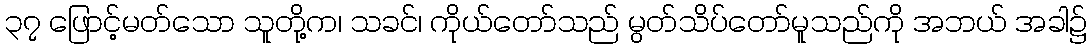
၃၇ ဖြောင့်မတ်သော သူတို့က၊ သခင်၊ ကိုယ်တော်သည် မွတ်သိပ်တော်မူသည်ကို အဘယ် အခါ၌